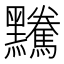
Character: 𪒿